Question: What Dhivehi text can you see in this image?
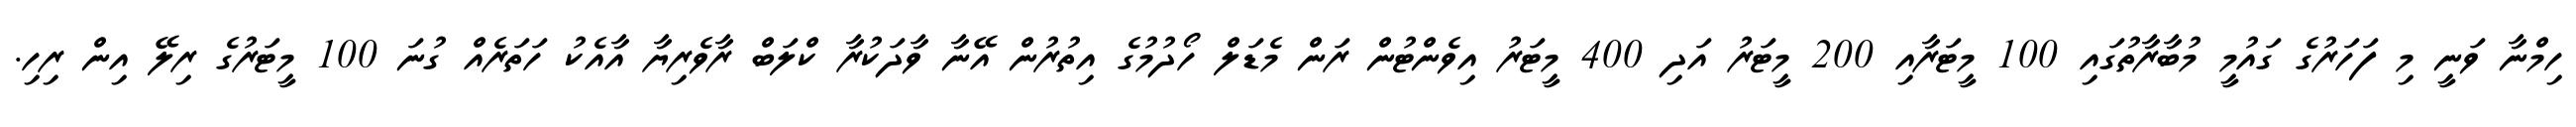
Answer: ހިމްނާ ވަނީ މި ފަހަރުގެ ގައުމީ މުބާރާތުގައި 100 މީޓަރާއި 200 މީޓަރު އަދި 400 މީޓަރު އިވެންޓުން ރަން މެޑަލް ހޯދުމުގެ އިތުރުން އޭނާ ވާދަކުރާ ކްލަބް ރާވެރިޔާ އާއެކު ހަތަރެއް ގުނަ 100 މީޓަރުގެ ރިލޭ އިން ރިހި.